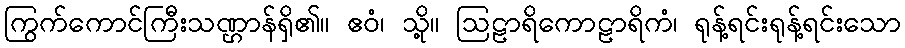
ကြွက်ကောင်ကြီးသဏ္ဌာန်ရှိ၏။ ဧဝံ၊ သို့။ ဩဠာရိကောဠာရိကံ၊ ရုန့်ရင်းရုန့်ရင်းသော